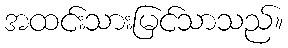
အထင်းသားမြင်သာသည်။